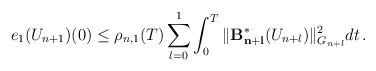
\begin{align*}\displaystyle{e_{1}(U_{n+1})(0) \le \rho_{n,1}(T) \sum_{l=0}^1\int_0^T \| \mathcal{\mathbf{B^{\ast}_{n+l}}}(U_{n+l}) \|_{G_{n+l}}^2 dt \,.}\end{align*}